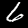
Digit: 6